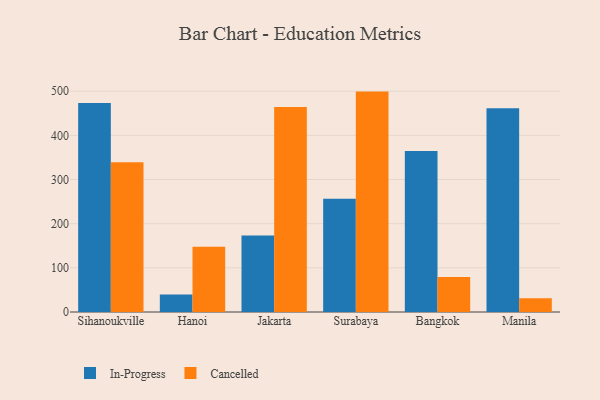
{"axis": {"x": "City", "y": "Production Output"}, "legend": ["Cancelled", "In-Progress"], "data": [{"x": "Sihanoukville", "y": 473.5, "type": "In-Progress"}, {"x": "Sihanoukville", "y": 339.3, "type": "Cancelled"}, {"x": "Hanoi", "y": 39.9, "type": "In-Progress"}, {"x": "Hanoi", "y": 147.8, "type": "Cancelled"}, {"x": "Jakarta", "y": 173.5, "type": "In-Progress"}, {"x": "Jakarta", "y": 464.0, "type": "Cancelled"}, {"x": "Surabaya", "y": 256.2, "type": "In-Progress"}, {"x": "Surabaya", "y": 499.1, "type": "Cancelled"}, {"x": "Bangkok", "y": 364.6, "type": "In-Progress"}, {"x": "Bangkok", "y": 79.3, "type": "Cancelled"}, {"x": "Manila", "y": 461.4, "type": "In-Progress"}, {"x": "Manila", "y": 31.1, "type": "Cancelled"}]}